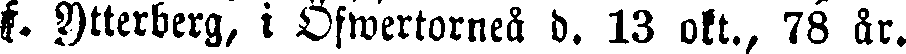
f. Ytterberg, i Öfwertorneå d. 13 okt., 78 år.